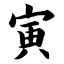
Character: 寅